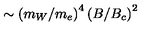
\sim \left( m _ { W } / m _ { e } \right) ^ { 4 } \left( B / B _ { c } \right) ^ { 2 }